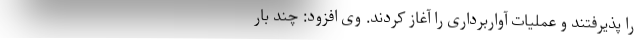
را پذیرفتند ‌و عملیات آواربرداری را آغاز کردند. وی افزود: چند بار